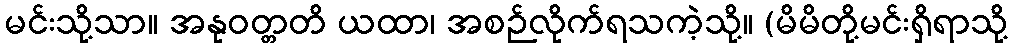
မင်းသို့သာ။ အနုဝတ္တတိ ယထာ၊ အစဉ်လိုက်ရသကဲ့သို့။ (မိမိတို့မင်းရှိရာသို့